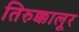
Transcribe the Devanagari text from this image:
तिरुक्कालूर